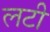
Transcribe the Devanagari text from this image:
लटी